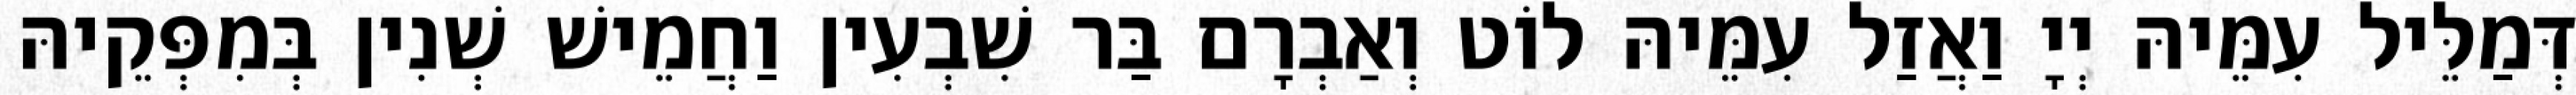
דְּמַלֵּיל עִמֵּיהּ יְיָ וַאֲזַל עִמֵּיהּ לוֹט וְאַבְרָם בַּר שִׁבְעִין וַחֲמֵישׁ שְׁנִין בְּמִפְּקֵיהּ